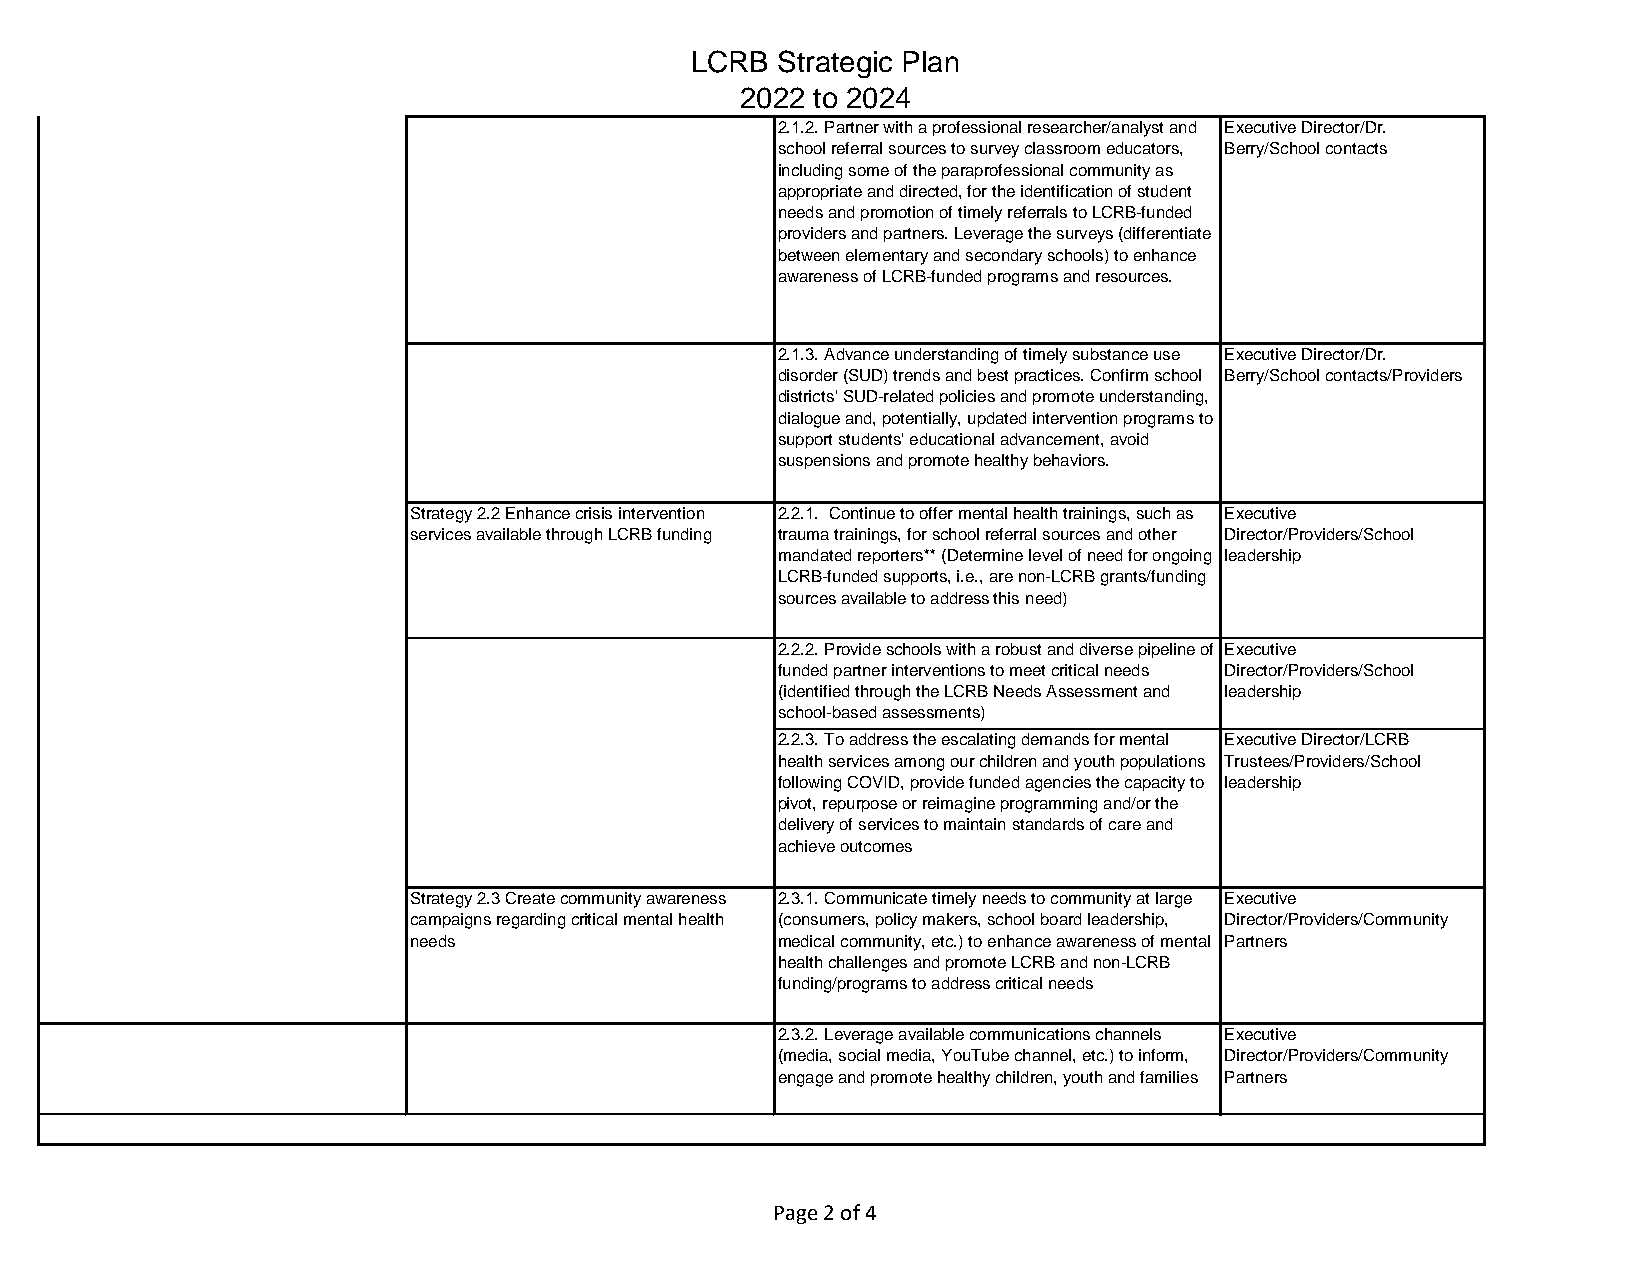
Goal #2: Meet the evolving and
 timely crisis intervention needs of
 our children and youth
 LCRB Strategic Plan
 2022 to 2024
 2.1.2. Partner with a professional researcher/analyst and Executive Director/Dr.
 school referral sources to survey classroom educators, Berry/School contacts
 including some of the paraprofessional community as
 appropriate and directed, for the identification of student
 needs and promotion of timely referrals to LCRB-funded
 providers and partners. Leverage the surveys (differentiate
 between elementary and secondary schools) to enhance
 awareness of LCRB-funded programs and resources.
 2.1.3. Advance understanding of timely substance use Executive Director/Dr.
 disorder (SUD) trends and best practices. Confirm school Berry/School contacts/Providers
 districts' SUD-related policies and promote understanding,
 dialogue and, potentially, updated intervention programs to
 support students' educational advancement, avoid
 suspensions and promote healthy behaviors.
 Strategy 2.2 Enhance crisis intervention 2.2.1. Continue to offer mental health trainings, such as Executive
 services available through LCRB funding trauma trainings, for school referral sources and other Director/Providers/School
 mandated reporters** (Determine level of need for ongoing leadership
 LCRB-funded supports, i.e., are non-LCRB grants/funding
 sources available to address this need)
 2.2.2. Provide schools with a robust and diverse pipeline of Executive
 funded partner interventions to meet critical needs Director/Providers/School
 (identified through the LCRB Needs Assessment and leadership
 school-based assessments)
 2.2.3. To address the escalating demands for mental Executive Director/LCRB
 health services among our children and youth populations Trustees/Providers/School
 following COVID, provide funded agencies the capacity to leadership
 pivot, repurpose or reimagine programming and/or the
 delivery of services to maintain standards of care and
 achieve outcomes
 Strategy 2.3 Create community awareness 2.3.1. Communicate timely needs to community at large Executive
 campaigns regarding critical mental health (consumers, policy makers, school board leadership, Director/Providers/Community
 needs                   medical community, etc.) to enhance awareness of mental Partners
 health challenges and promote LCRB and non-LCRB
 funding/programs to address critical needs
 2.3.2. Leverage available communications channels Executive
 (media, social media, YouTube channel, etc.) to inform, Director/Providers/Community
 engage and promote healthy children, youth and families Partners
 Page 2 of 4